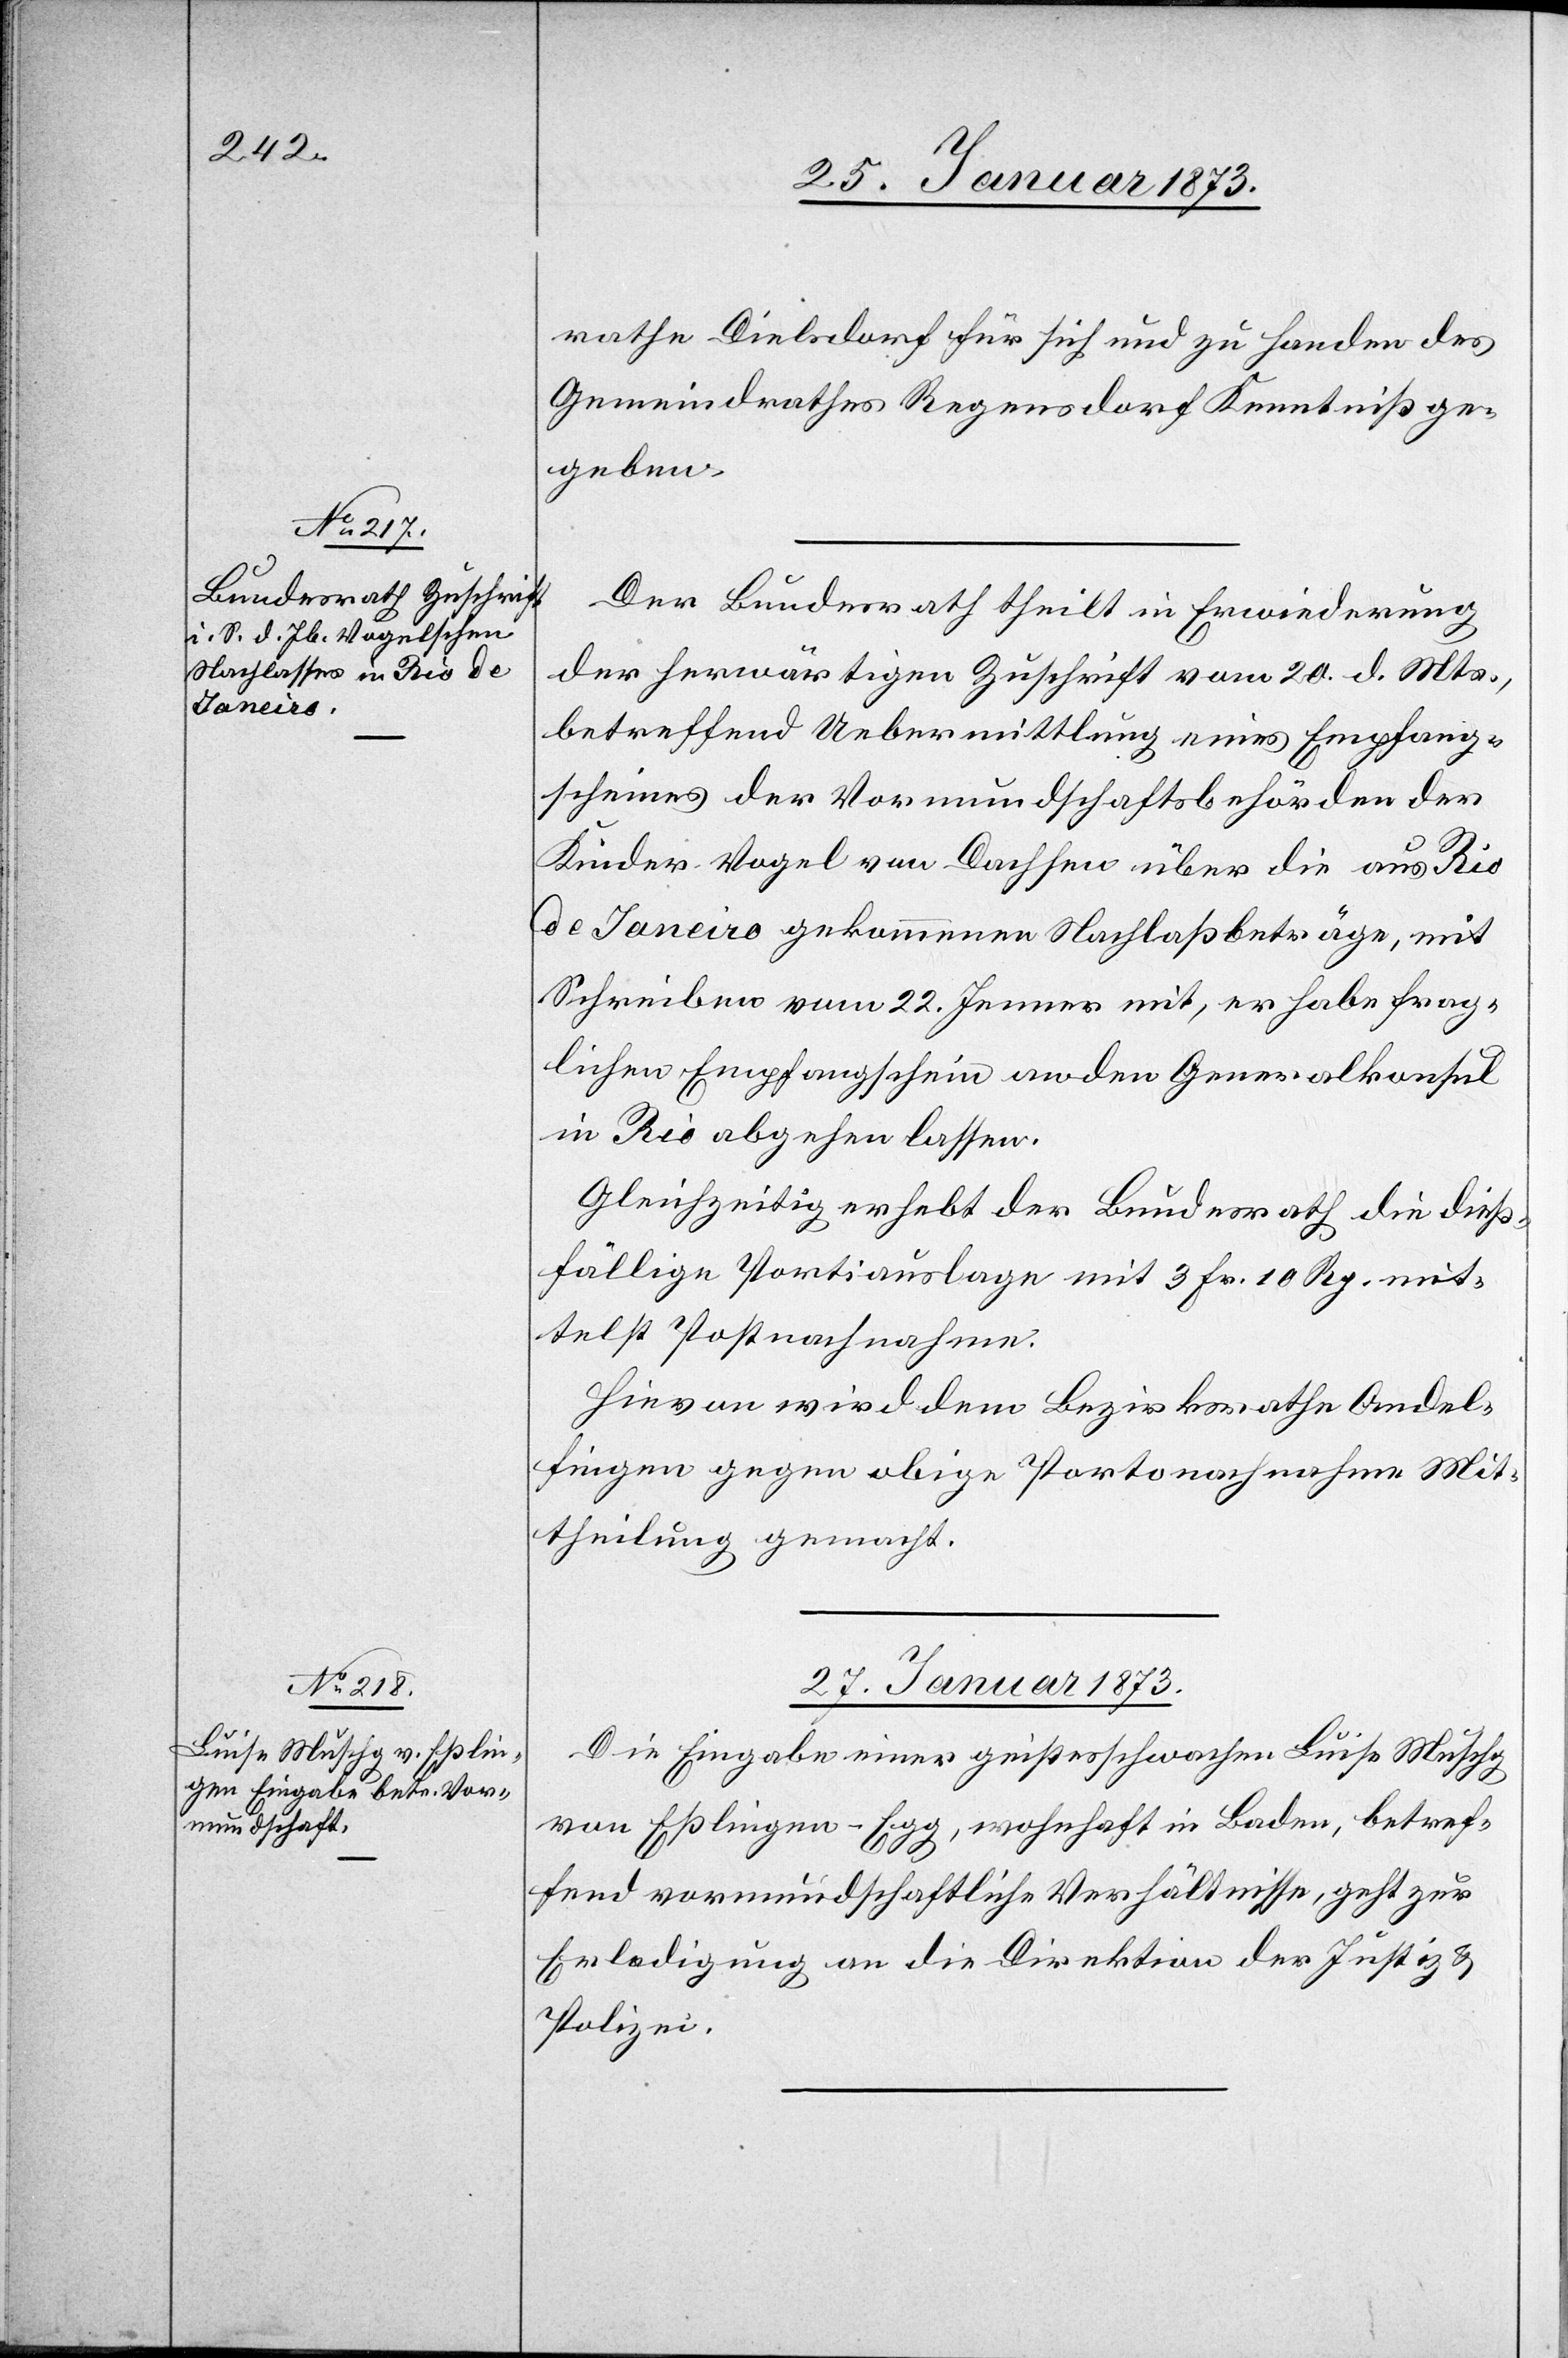
25. Januar 1873.]
rathe Dielsdorf für sich und zu Handen des
Gemeindrathes Regensdorf Kenntniß ge¬
geben.
Der Bundesrath theilt in Erwiederung
der herwärtigen Zuschrift vom 20. d. Mts.,
betreffend Uebermittlung eines Empfang¬
scheines der Vormundschaftsbehörden der
Kinder Vogel von Dachsen über die aus Rio
de Janeiro gekommenen Nachlaßbeträge, mit
Schreiben vom 22. Jenner mit, er habe frag¬
lichen Empfangschein an den Generalkonsul
in Rio abgehen lassen.
Gleichzeitig erhebt der Bundesrath die dieß¬
fällige Portiauslage mit 3 Fr. 10 Rp. mit¬
telst Postnachnahme.
Hievon wird dem Bezirksrathe Andel¬
fingen gegen obige Portonachnahme Mit¬
theilung gemacht.
27. Januar 1873.
Die Eingabe einer geistesschwachen Luise Muschg
von Eßlingen-Egg, wohnhaft in Baden, betref¬
fend vormundschaftliche Verhältnisse, geht zur
Erledigung an die Direktion der Justiz u.
Polizei.